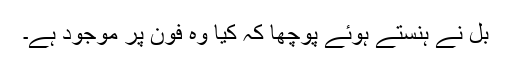
بل نے ہنستے ہوئے پوچھا کہ کیا وہ فون پر موجود ہے۔